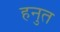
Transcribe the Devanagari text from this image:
हनुत